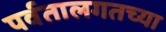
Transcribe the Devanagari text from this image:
पर्वतालगतच्या